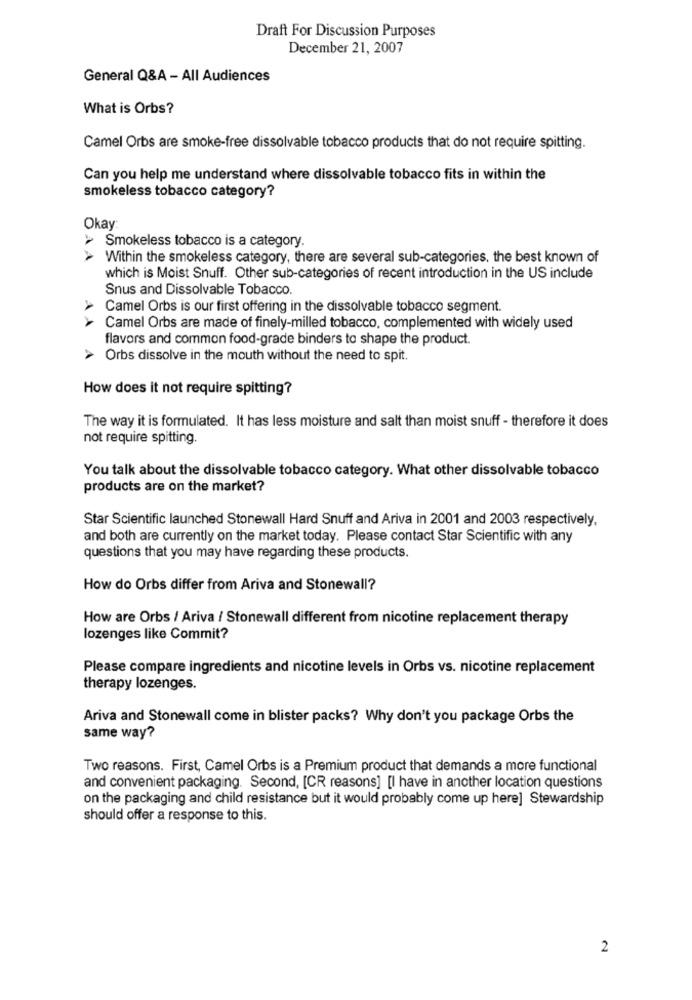
Draft For Discussion Purposes
December 21, 2007
General Q&A - All Audiences
What is Orbs?
Camel Orbs are smoke-free dissolvable tobacco products that do not require spitting.
Can you help me understand where dissolvable tobacco fits in within the
smokeless tobacco category?
Okay
> Smokeless tobacco is a category.
Within the smokeless category, there are several sub-categories, the best known of
which is Moist Snuff. Other sub-categories of recent introduction in the US include
Snus and Dissolvable Tobacco.
Camel Orbs is our first offering in the dissolvable tobacco segment.
AA
Camel Orbs are made of finely-milled tobacco, complemented with widely used
flavors and common food-grade binders to shape the product.
Orbs dissolve in the mouth without the need to spit.
How does it not require spitting?
The way it is formulated. It has less moisture and salt than moist snuff - therefore it does
not require spitting.
You talk about the dissolvable tobacco category. What other dissolvable tobacco
products are on the market?
Star Scientific launched Stonewall Hard Snuff and Ariva in 2001 and 2003 respectively.
and both are currently on the market today. Please contact Star Scientific with any
questions that you may have regarding these products.
How do Orbs differ from Ariva and Stonewall?
How are Orbs / Ariva / Stonewall different from nicotine replacement therapy
lozenges like Commit?
Please compare ingredients and nicotine levels in Orbs vs. nicotine replacement
therapy lozenges.
Ariva and Stonewall come in blister packs? Why don't you package Orbs the
same way?
Two reasons. First, Camel Orbs is a Premium product that demands a more functional
and convenient packaging. Second, [CR reasons] [I have in another location questions
on the packaging and child resistance but it would probably come up here] Stewardship
should offer a response to this.
2